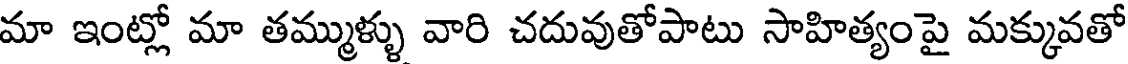
మా ఇంట్లో మా తమ్ముళ్ళు వారి చదువుతోపాటు సాహిత్యంపై మక్కువతో